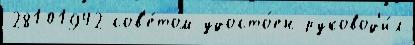
28101942 сов'е́том удосто́ен руковод'и́л